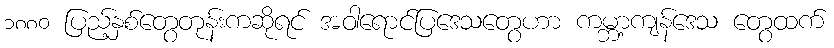
၁၈၈၀ ပြည့်နှစ်တွေတုန်းကဆိုရင် အဝါရောင်ပြဒေသတွေဟာ ကမ္ဘာ့ကျန်ဒေသ တွေထက်